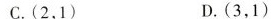
C.(2，1) D.(3，1)